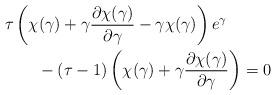
LaTeX: \begin{align*} &\tau\left( \chi(\gamma) + \gamma \frac{\partial \chi(\gamma)}{\partial\gamma}- \gamma\chi(\gamma) \right) e^{\gamma} \\&\qquad- (\tau-1)\left(\chi(\gamma) + \gamma\frac{\partial\chi(\gamma)}{\partial \gamma} \right) = 0\end{align*}